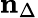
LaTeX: \mathbf{n}_{\Delta}